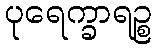
ပုရေက္ခာရဉ္စ